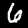
Digit: 6